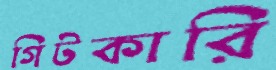
গিটকারি